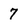
Character: 7